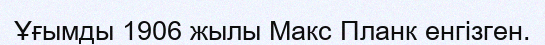
Ұғымды 1906 жылы Макс Планк енгізген.